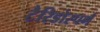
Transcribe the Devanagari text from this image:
टैरिडोस्पर्म